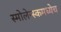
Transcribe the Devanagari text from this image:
स्मोलेन्स्कमध्येच